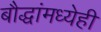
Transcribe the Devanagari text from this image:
बौद्धांमध्येही